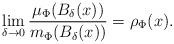
LaTeX: \begin{align*}\lim_{\delta\to 0} \frac{\mu_\Phi(B_\delta(x))}{m_\Phi(B_\delta(x))} = \rho_\Phi(x).\end{align*}